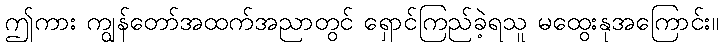
ဤကား ကျွန်တော်အထက်အညာတွင် ရှောင်ကြည်ခဲ့ရသူ မထွေးနုအကြောင်း။